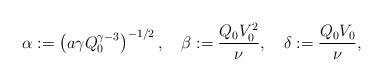
LaTeX: \begin{align*}\alpha: = \left( a\gamma Q^{\gamma-3}_0 \right)^{-1/2}, \ \ \ \beta: = \frac{Q_0 V^2_0}{\nu}, \ \ \ \delta := \frac{Q_0 V_0}{\nu}, \end{align*}